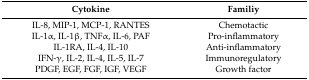
<table><thead><tr><td><b>Cytokine</b></td><td><b>Familiy</b></td></tr></thead><tbody><tr><td>IL-8, MIP-1, MCP-1, RANTES</td><td>Chemotactic</td></tr><tr><td>IL-1α, IL-1β, TNFα, IL-6, PAF</td><td>Pro-inflammatory</td></tr><tr><td>IL-1RA, IL-4, IL-10</td><td>Anti-inflammatory</td></tr><tr><td>IFN-γ, IL-2, IL-4, IL-5, IL-7</td><td>Immunoregulatory</td></tr><tr><td>PDGF, EGF, FGF, IGF, VEGF</td><td>Growth factor</td></tr></tbody></table>